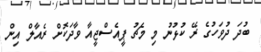
ބުދަ ދުވަހުގެ ރޭ ކުޅުނު މި މެޗު ޕީއެސްޖީއާ ވާދަކޮށް ރެއާލް އިން